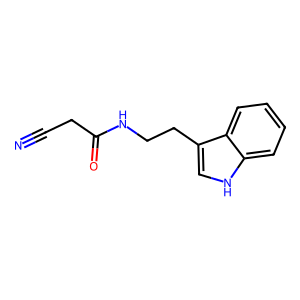
SMILES: N#CCC(=O)NCCc1c[nH]c2ccccc12
Inhibits HIV replication: No